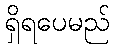
ရှိရပေမည်